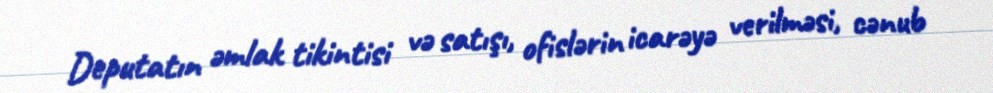
Deputatın əmlak tikintisi və satışı, ofislərin icarəyə verilməsi, cənub